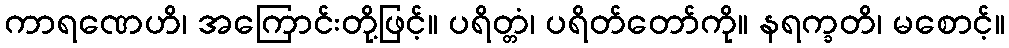
ကာရဏေဟိ၊ အကြောင်းတို့ဖြင့်။ ပရိတ္တံ၊ ပရိတ်တော်ကို။ နရက္ခတိ၊ မစောင့်။